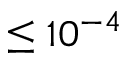
\leq 1 0 ^ { - 4 }